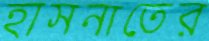
হাসনাতের